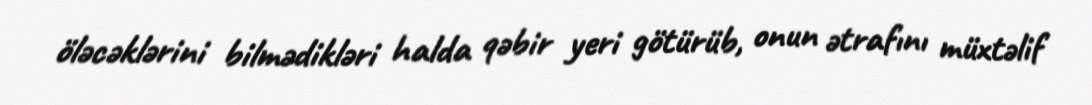
öləcəklərini bilmədikləri halda qəbir yeri götürüb, onun ətrafını müxtəlif